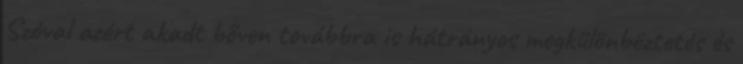
Szóval azért akadt bőven továbbra is hátrányos megkülönböztetés és